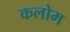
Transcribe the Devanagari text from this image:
कलोम